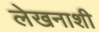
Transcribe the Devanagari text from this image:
लेखनाशी